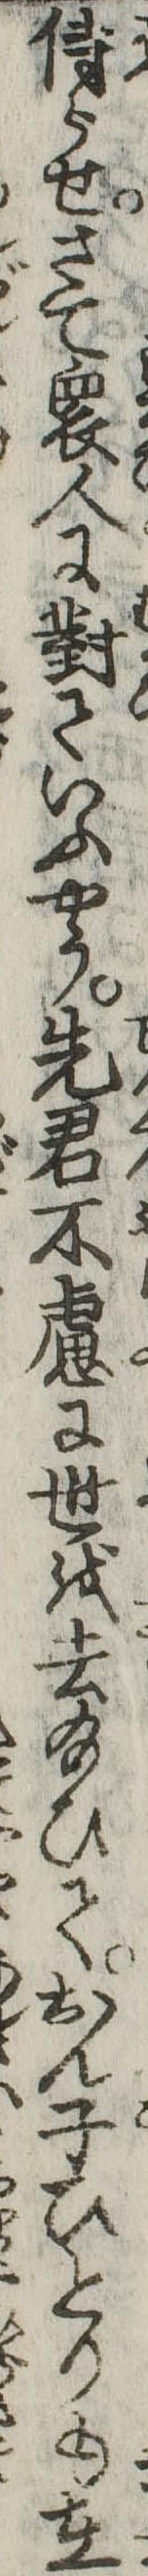
侍らせさて衆人に対ていふやう先君不慮に世を去給ひておん子ひとりも在